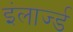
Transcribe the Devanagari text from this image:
इंलार्ज्ड